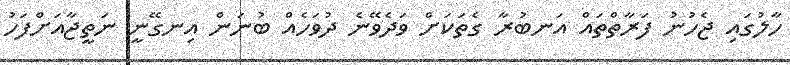
ހާލުގައި ޖެހުނު ފަރާތްތައް އަނބުރާ ގެތަކަށް ވަދެވޭނެ ދުވަހެއް ބުނަން އިނގޭނީ ނަތީޖާއަށްފަހު